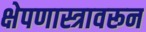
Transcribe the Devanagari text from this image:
क्षेपणास्त्रावरून